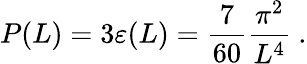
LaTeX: P(L)=3\varepsilon(L)=\frac{7}{60}\frac{\pi^{2}}{L^{4}}\ .